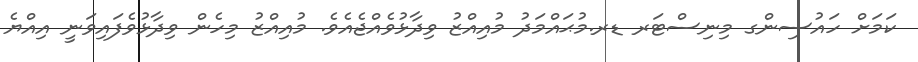
ކަމަށް ހައުސިންގ މިނިސްޓަރ ޑރ.މުޙައްމަދު މުއިއްޒު ވިދާޅުވެއްޖެއެވެ. މުއިއްޒު މިހެން ވިދާޅުވެފައިވަނީ އިއްޔެ